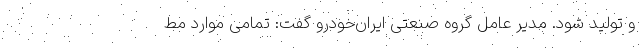
و تولید شود. مدیر عامل گروه صنعتی ایران‌خودرو گفت: تمامی موارد مط